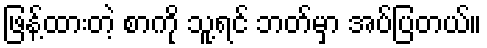
ဖြန့်ထားတဲ့ စာကို သူ့ရင် ဘတ်မှာ အပ်ပြတယ်။